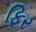
ફિર